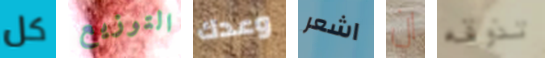
كل التوزيع وعدك اشعر ان تذوقه